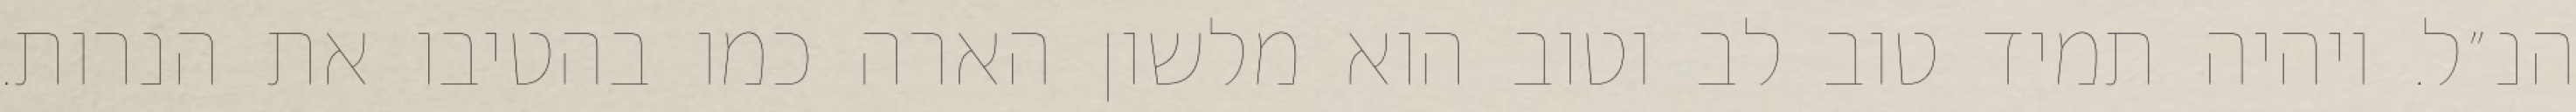
הנ״ל. ויהיה תמיד טוב לב וטוב הוא מלשון הארה כמו בהטיבו את הנרות.